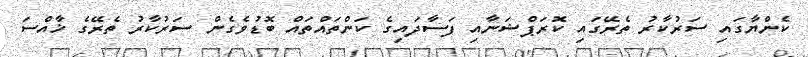
ކެންޔާގައި ސަރުކާރު ތެރޭގައި ކޮރަޕްޝަނާއި ފަސާދައިގެ ކަންތައްތައް ބޮޑުވެގެން ސަރުކާރު ތެރޭގެ ޚާއްސަ